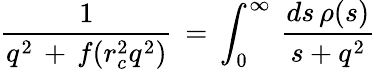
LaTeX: {\frac{1}{q^{2}\, +\, f(r_{c}^{2}q^{2})}}\, =\, \int_{0}^{\infty}\, {\frac{ds\, \rho(s)}{s+q^{2}}}